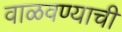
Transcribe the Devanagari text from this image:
वाळवण्याची